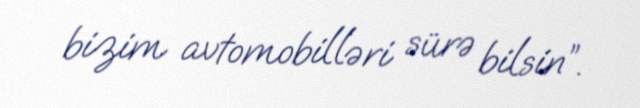
bizim avtomobilləri sürə bilsin”.